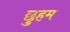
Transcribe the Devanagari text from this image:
छुहम